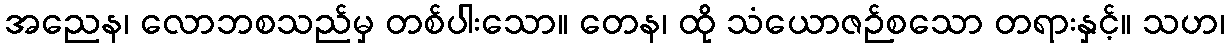
အညေန၊ လောဘစသည်မှ တစ်ပါးသော။ တေန၊ ထို သံယောဇဉ်စသော တရားနှင့်။ သဟ၊